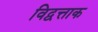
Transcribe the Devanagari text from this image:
विद्वत्ताक